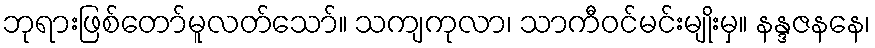
ဘုရားဖြစ်တော်မူလတ်သော်။ သကျကုလာ၊ သာကီဝင်မင်းမျိုးမှ။ နန္ဒဇနနေ၊